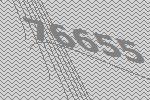
76655